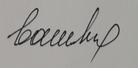
Signature authenticity: forged